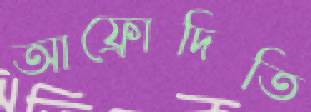
আফ্রোদিতি